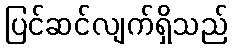
ပြင်ဆင်လျက်ရှိသည်